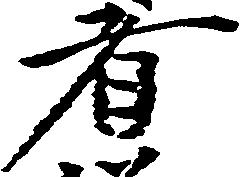
者